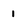
Character: 1